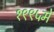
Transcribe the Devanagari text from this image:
१९९५मे